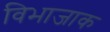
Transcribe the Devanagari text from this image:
विभाजाक